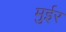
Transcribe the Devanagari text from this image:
मुईर